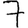
Digit: 7